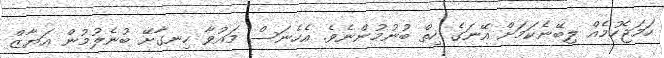
ހަމަޖެހުމެއް ލިބޭނެކަމަށް އޭނަގެ ހިތް ބުނުމުންނެވެ. އެހެނަސް މައުވާ ހިނގާށޭ ބުނެލުމުން އަޔާޒް